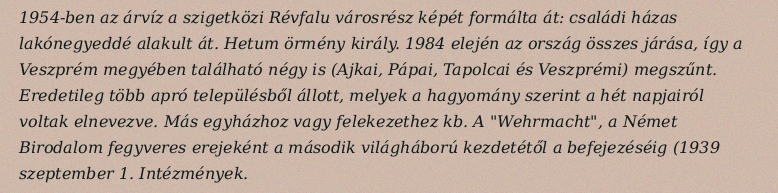
1954-ben az árvíz a szigetközi Révfalu városrész képét formálta át: családi házas lakónegyeddé alakult át. Hetum örmény király. 1984 elején az ország összes járása, így a Veszprém megyében található négy is (Ajkai, Pápai, Tapolcai és Veszprémi) megszűnt. Eredetileg több apró településből állott, melyek a hagyomány szerint a hét napjairól voltak elnevezve. Más egyházhoz vagy felekezethez kb. A "Wehrmacht", a Német Birodalom fegyveres erejeként a második világháború kezdetétől a befejezéséig (1939 szeptember 1. Intézmények.